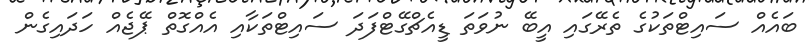
ބައެއް ސައިޓްތަކުގެ ތެރޭގައި އީބޭ ނުވަތަ ޑީއެޗްގޭޓްފަދަ ސައިޓްތަކާއި އެއްގޮތް ޕޭޖެއް ހަދައިގެން